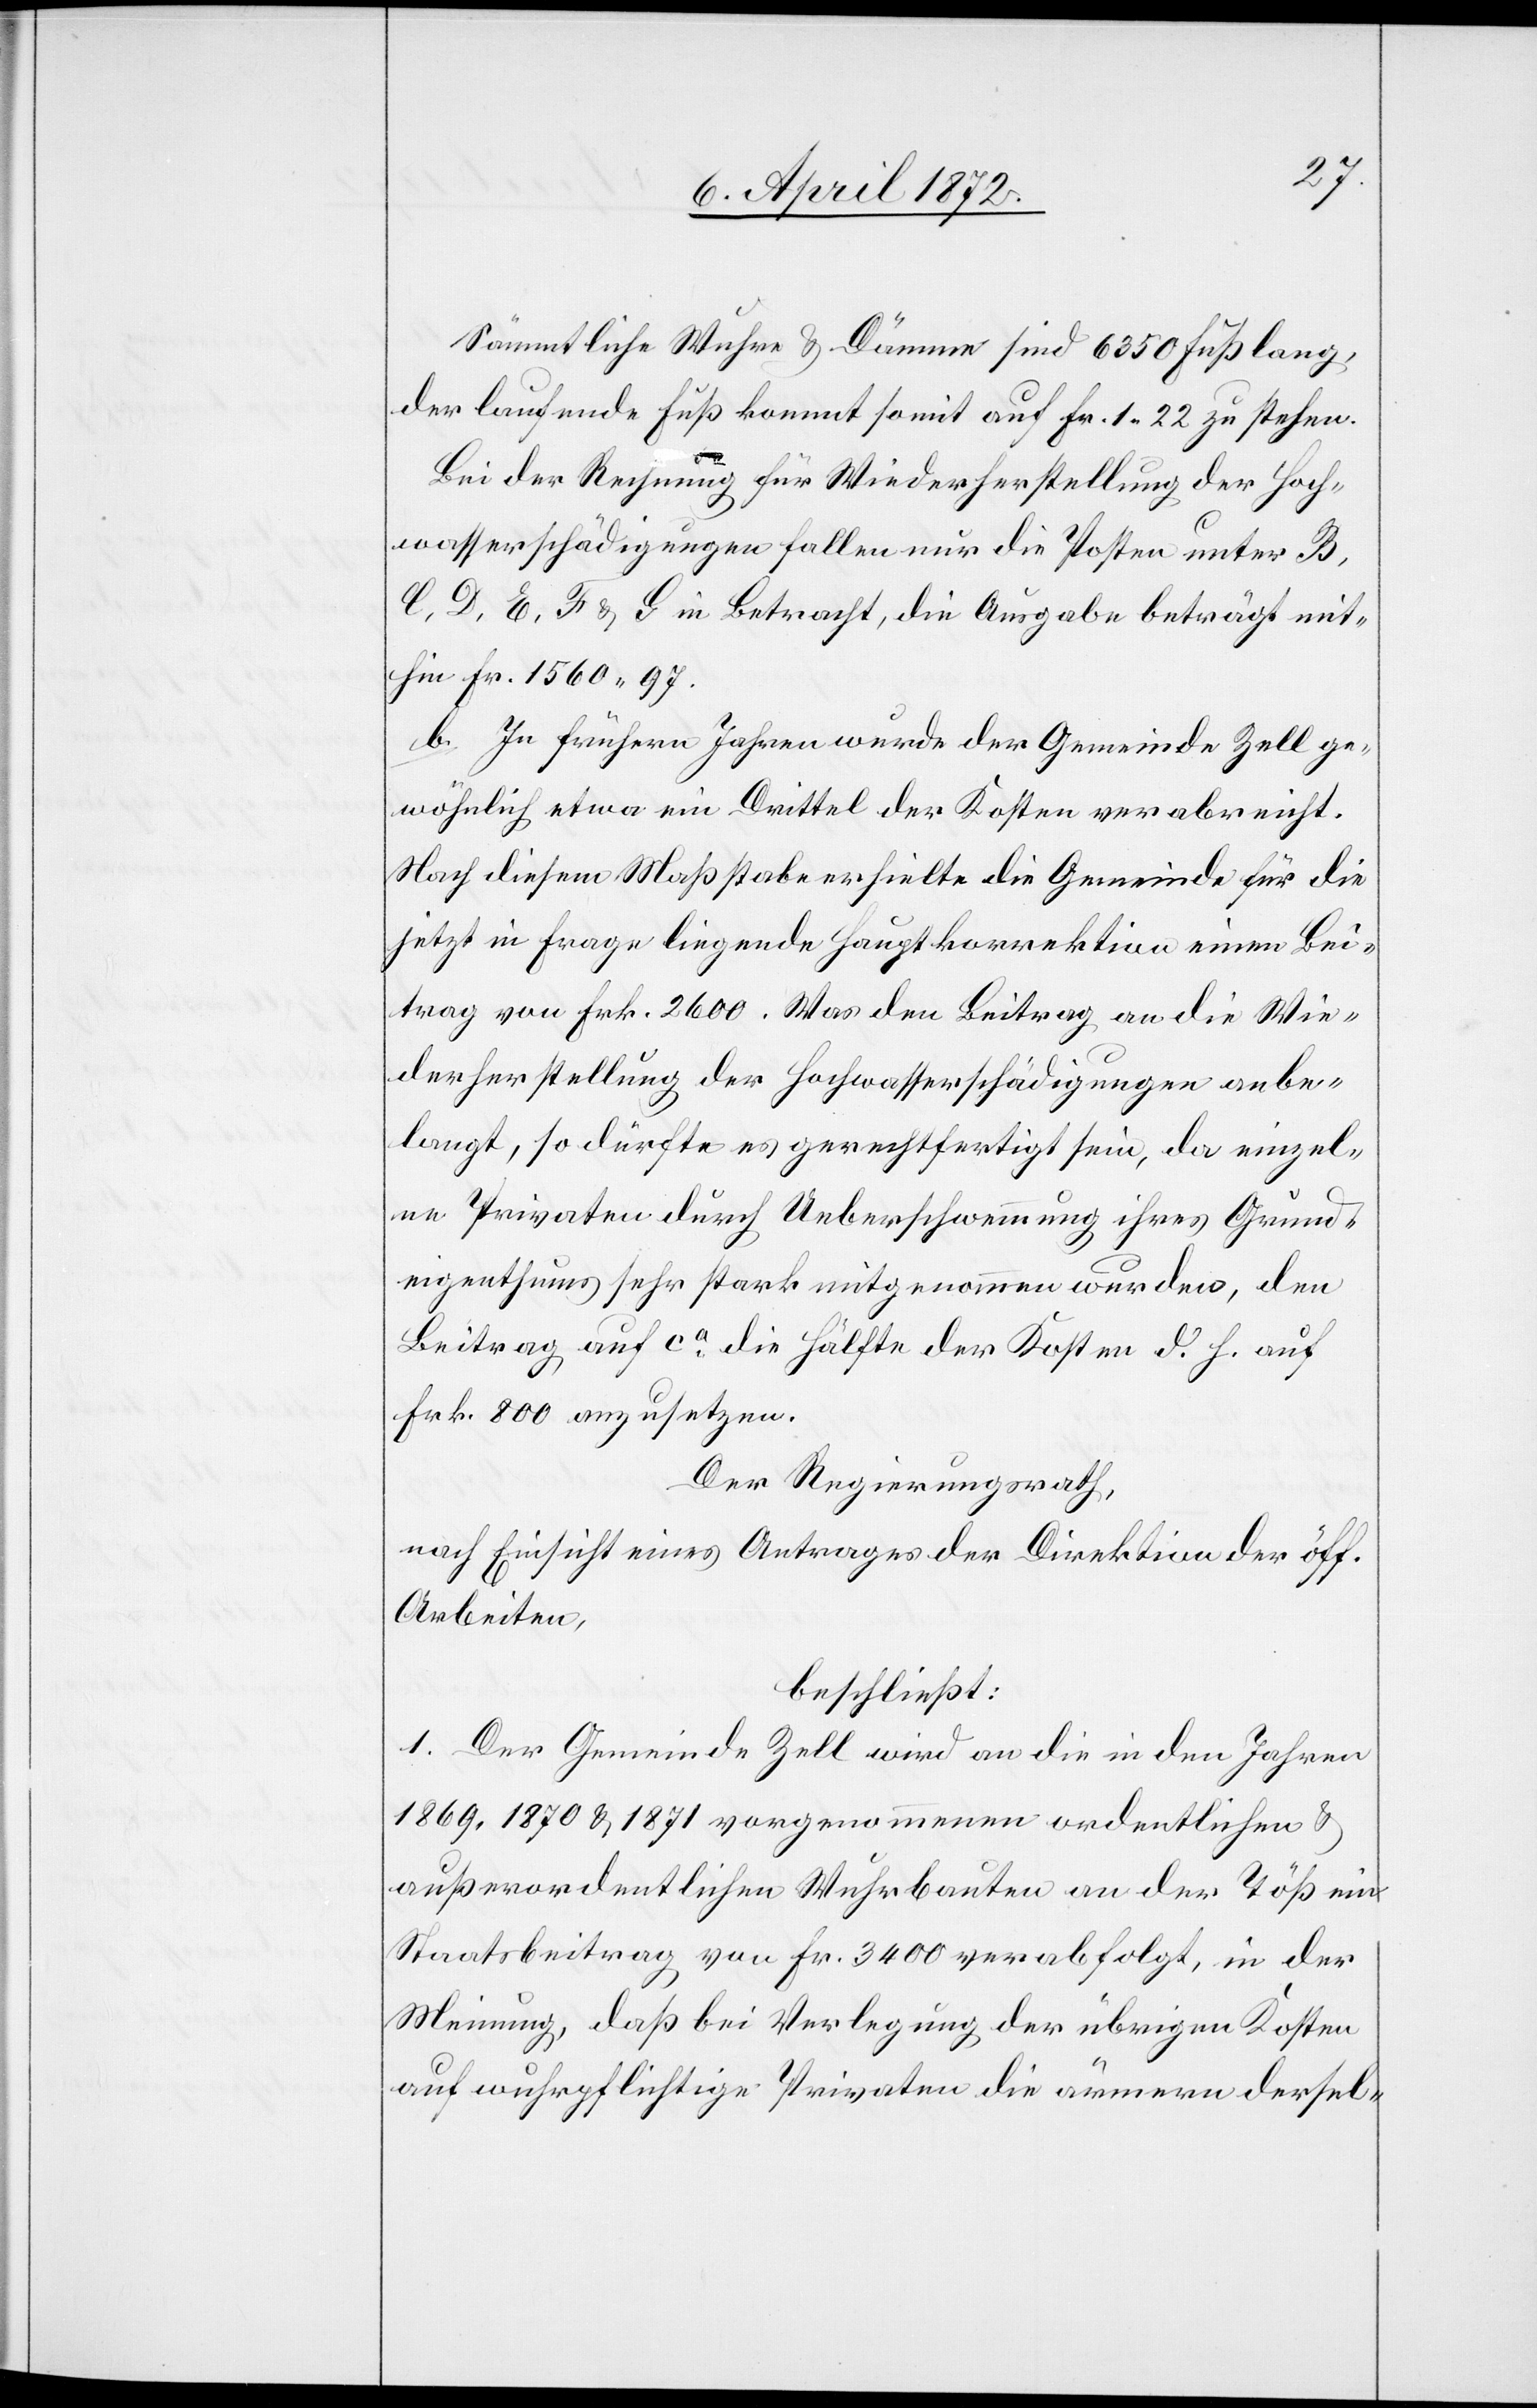
Sämtliche Wuhre u. Dämme sind 6350 Fuß lang,
der laufende Fuß kommt somit auf Fr. 1,22 zu stehen.
Bei der Rechnung für Wiederherstellung der Hoch¬
wasserschädigungen fallen nur die Posten unter B,
C, D, E, F u. G in Betracht, die Ausgabe beträgt mit¬
hin Fr. 1560,97.
b. In frühern Jahren wurde der Gemeinde Zell ge¬
wöhnlich etwa ein Drittel der Kosten verabreicht.
Nach diesem Maßstabe erhielte die Gemeinde für die
jetzt in Frage liegende Hauptkorrektion einen Bei¬
trag von Frk. 2600. Was den Beitrag an die Wie¬
derherstellung der Hochwasserschädigungen anbe¬
langt, so dürfte es gerechtfertigt sein, da einzel¬
ne Privaten [sic!] durch Ueberschwemmung ihres Grund¬
eigenthums sehr stark mitgenommen wurden, den
Beitrag auf ca die Hälfte der Kosten d. h. auf
Frk. 800 anzusetzen.
Der Regierungsrath,
nach Einsicht eines Antrages der Direktion der öff.
Arbeiten,
beschließt:
1. Der Gemeinde Zell wird an die in den Jahren
1869, 1870 u. 1871 vorgenommenen ordentlichen u.
außerordentlichen Wuhrbauten an der Töß ein
Staatsbeitrag von Fr. 3400 verabfolgt, in der
Meinung, daß bei Verlegung der übrigen Kosten
auf wuhrpflichtige Privaten die ärmern dersel-